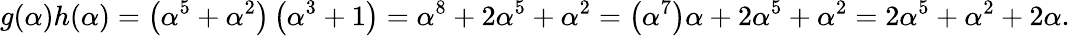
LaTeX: g(\alpha)h(\alpha)=\left(\alpha^{5}+\alpha^{2}\right)\left(\alpha^{3}+1\right)=\alpha^{8}+2\alpha^{5}+\alpha^{2}=\left(\alpha^{7}\right)\alpha+2\alpha^{5}+\alpha^{2}=2\alpha^{5}+\alpha^{2}+2\alpha.